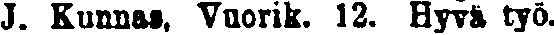
J. Kunnas, Vuorik. 12. Hyvä työ.